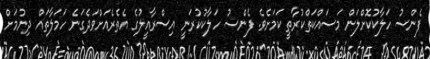
ފެންސު ހަލާކުކޮށްލަން މަސައްކަތްކުރާތީ ކަމަށެވެ. ފެންސު ހަލާކުކުރަނީ އިސްރާއީލުގެ އެތެރެއަށްވަދެގަނެ ހަމަލާތައް ދިނުމަށް